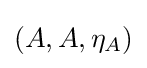
(A,A,\eta _{A})